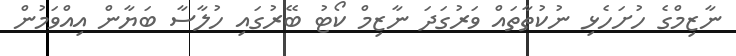
ނާޒިމްގެ ހުށަހެޅި ނުކުތާތައް ވަރުގަދަ ނާޒިމް ކޯޓު ބޭރުގައި ހުލާސާ ބަޔާން އިއްވަމުން